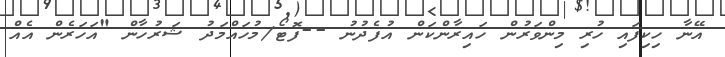
އޭނާ ހިކިފައި ހުރި މިންވަރުން ހައިރާންކަން އުފެދުނު --ފޮޓޯ/މުހައްމަދު ޝަރުހާން "އަހަރެން އެއް